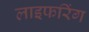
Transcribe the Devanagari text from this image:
लाइफरिंग